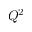
Q ^ { 2 }